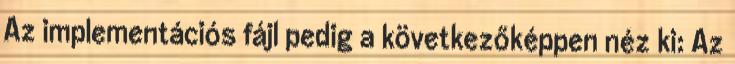
Az implementációs fájl pedig a következőképpen néz ki: Az